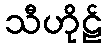
သီဟိုဠ်